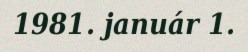
1981. január 1.